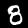
Digit: 8